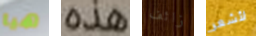
هيا هذه زائف لأشعر